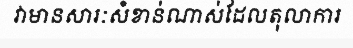
វាមានសារៈសំខាន់ណាស់ដែលតុលាការ